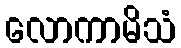
လောကာမိသံ